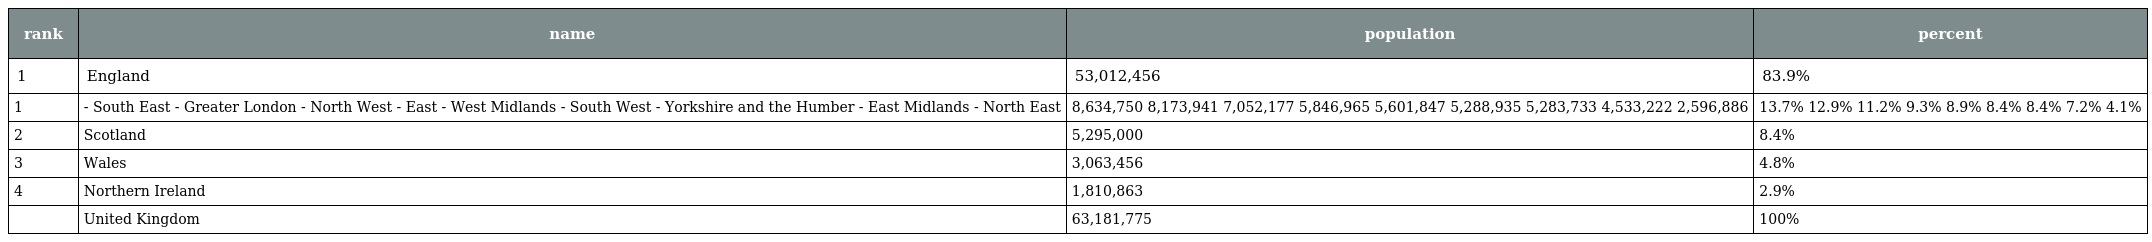
| rank | name | population | percent |
 | --- | --- | --- | --- |
 | 1 | England | 53,012,456 | 83.9% |
 | 1 | - South East - Greater London - North West - East - West Midlands - South West - Yorkshire and the Humber - East Midlands - North East | 8,634,750 8,173,941 7,052,177 5,846,965 5,601,847 5,288,935 5,283,733 4,533,222 2,596,886 | 13.7% 12.9% 11.2% 9.3% 8.9% 8.4% 8.4% 7.2% 4.1% |
 | 2 | Scotland | 5,295,000 | 8.4% |
 | 3 | Wales | 3,063,456 | 4.8% |
 | 4 | Northern Ireland | 1,810,863 | 2.9% |
 |  | United Kingdom | 63,181,775 | 100% |